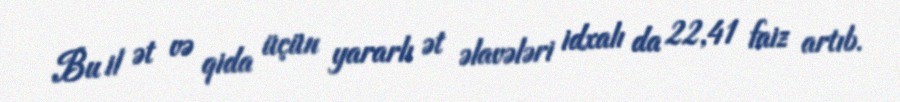
Bu il ət və qida üçün yararlı ət əlavələri idxalı da 22,41 faiz artıb.